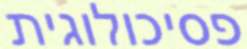
פסיכולוגית